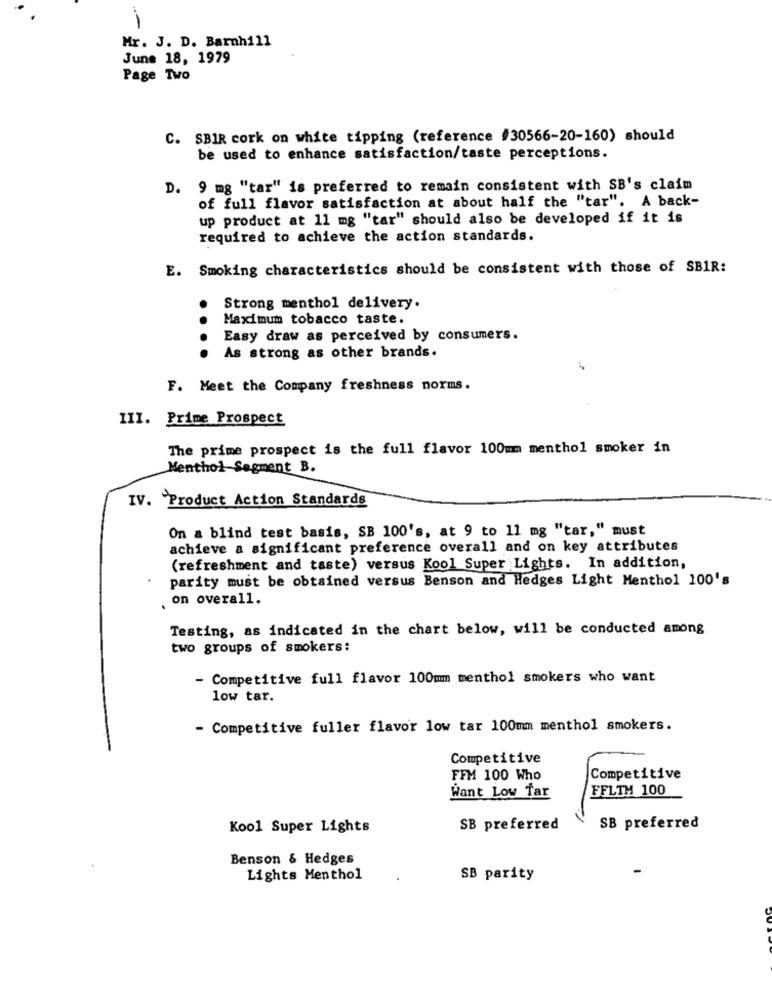
Mr. J. D. Barnhill
June 18, 1979
Page Two
C. SBIR cork on white tipping (reference #30566-20-160) should
be used to enhance satisfaction/taste perceptions.
D. 9 mg "tar" is preferred to remain consistent with SB's claim
of full flavor satisfaction at about half the "tar". A back-
up product at 11 mg "tar" should also be developed if it is
required to achieve the action standards.
E. Smoking characteristics should be consistent with those of SBIR:
Strong menthol delivery.
Maximum tobacco taste.
...
Easy draw as perceived by consumers.
As strong as other brands.
F. Meet the Company freshness norms.
III. Prime Prospect
The prime prospect is the full flavor 100mm menthol smoker in
Menthol Segment B.
IV. Product Action Standards
On a blind test basis, SB 100's, at 9 to 11 mg "tar," must
achieve a significant preference overall and on key attributes
(refreshment and taste) versus Kool Super Lights. In addition,
parity must be obtained versus Benson and Hedges Light Menthol 100's
. on overall.
Testing, as indicated in the chart below, will be conducted among
two groups of smokers:
- Competitive full flavor 100mm menthol smokers who want
low tar.
- Competitive fuller flavor low tar 100mm menthol smokers.
Competitive
FFM 100 Who
Competitive
Want Low Tar
FFLTM 100
Kool Super Lights
SB preferred
SB preferred
Benson & Hedges
Lights Menthol
SB parity